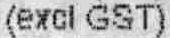
(EXCL GST)